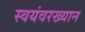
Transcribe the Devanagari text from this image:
स्वयंवरख्यान